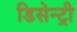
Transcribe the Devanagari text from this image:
डिसेन्ट्री